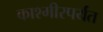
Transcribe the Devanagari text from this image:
काश्मीरपर्यंत